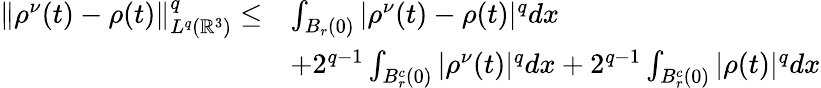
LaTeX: \begin{array}{rl}{\| \rho^{\nu}(t)-\rho(t)\| _{L^{q}(\mathbb{R}^{3})}^{q}\leq}&{\int_{B_{r}(0)}|\rho^{\nu}(t)-\rho(t)|^{q}dx}\\ &{+2^{q-1}\int_{B_{r}^{c}(0)}|\rho^{\nu}(t)|^{q}dx+2^{q-1}\int_{B_{r}^{c}(0)}|\rho(t)|^{q}dx}\end{array}